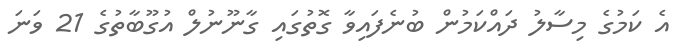
އެ ކަމުގެ މިސާލު ދައްކަމުން ބުނެފައިވާ ގޮތުގައި ގާނޫނުލް އުގޫބާތުގެ 21 ވަނަ